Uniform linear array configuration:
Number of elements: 12
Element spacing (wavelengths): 1
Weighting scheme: cosine
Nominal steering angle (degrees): -30
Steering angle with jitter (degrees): -30.455
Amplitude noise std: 0.05
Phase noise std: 0.05

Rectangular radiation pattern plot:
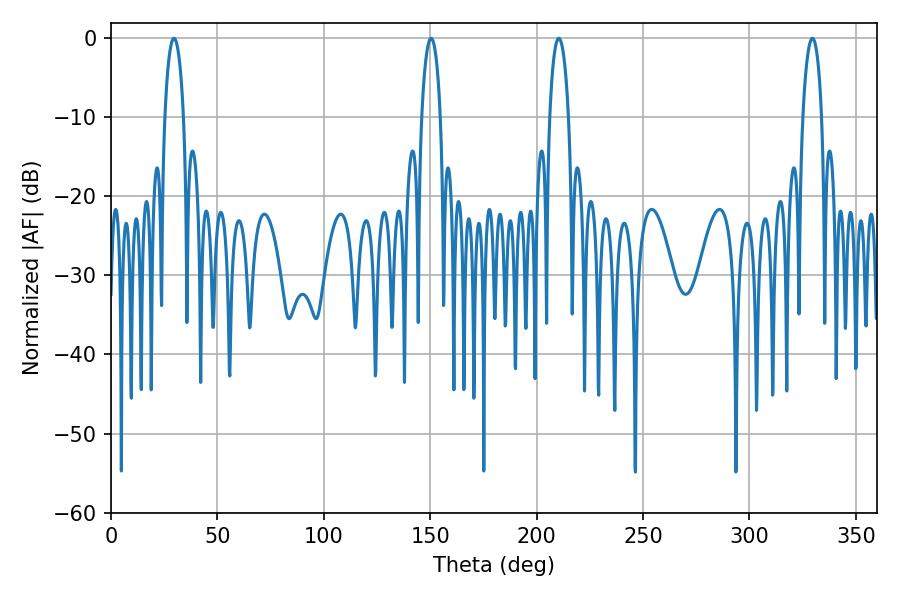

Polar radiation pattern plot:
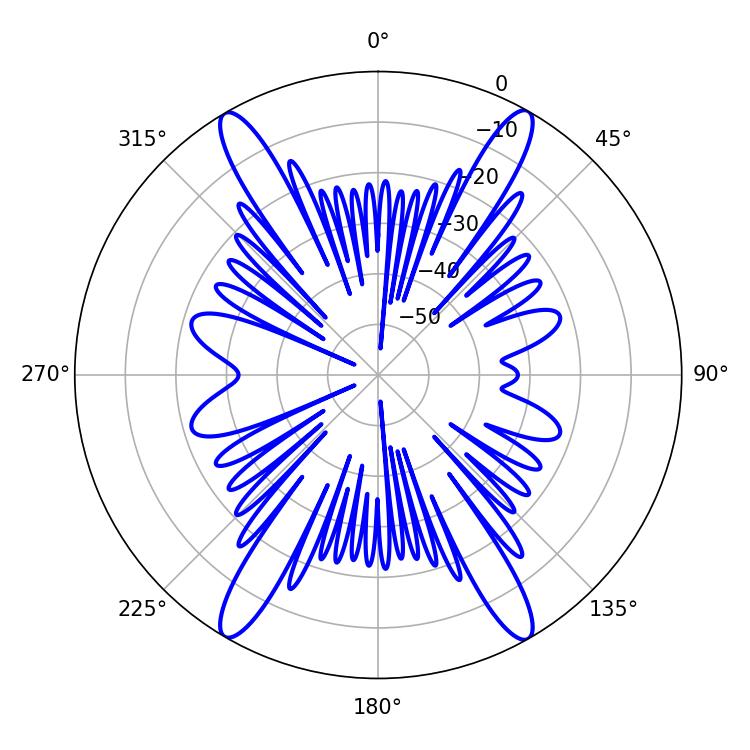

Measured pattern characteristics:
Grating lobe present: TRUE
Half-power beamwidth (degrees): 5.04
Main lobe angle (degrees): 210.42